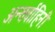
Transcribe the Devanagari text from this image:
अन्तर्वाहिनी